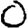
Digit: 0